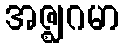
အဇ္ဈဂမာ